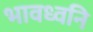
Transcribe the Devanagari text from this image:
भावध्वनि